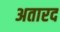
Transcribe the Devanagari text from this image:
अतारद